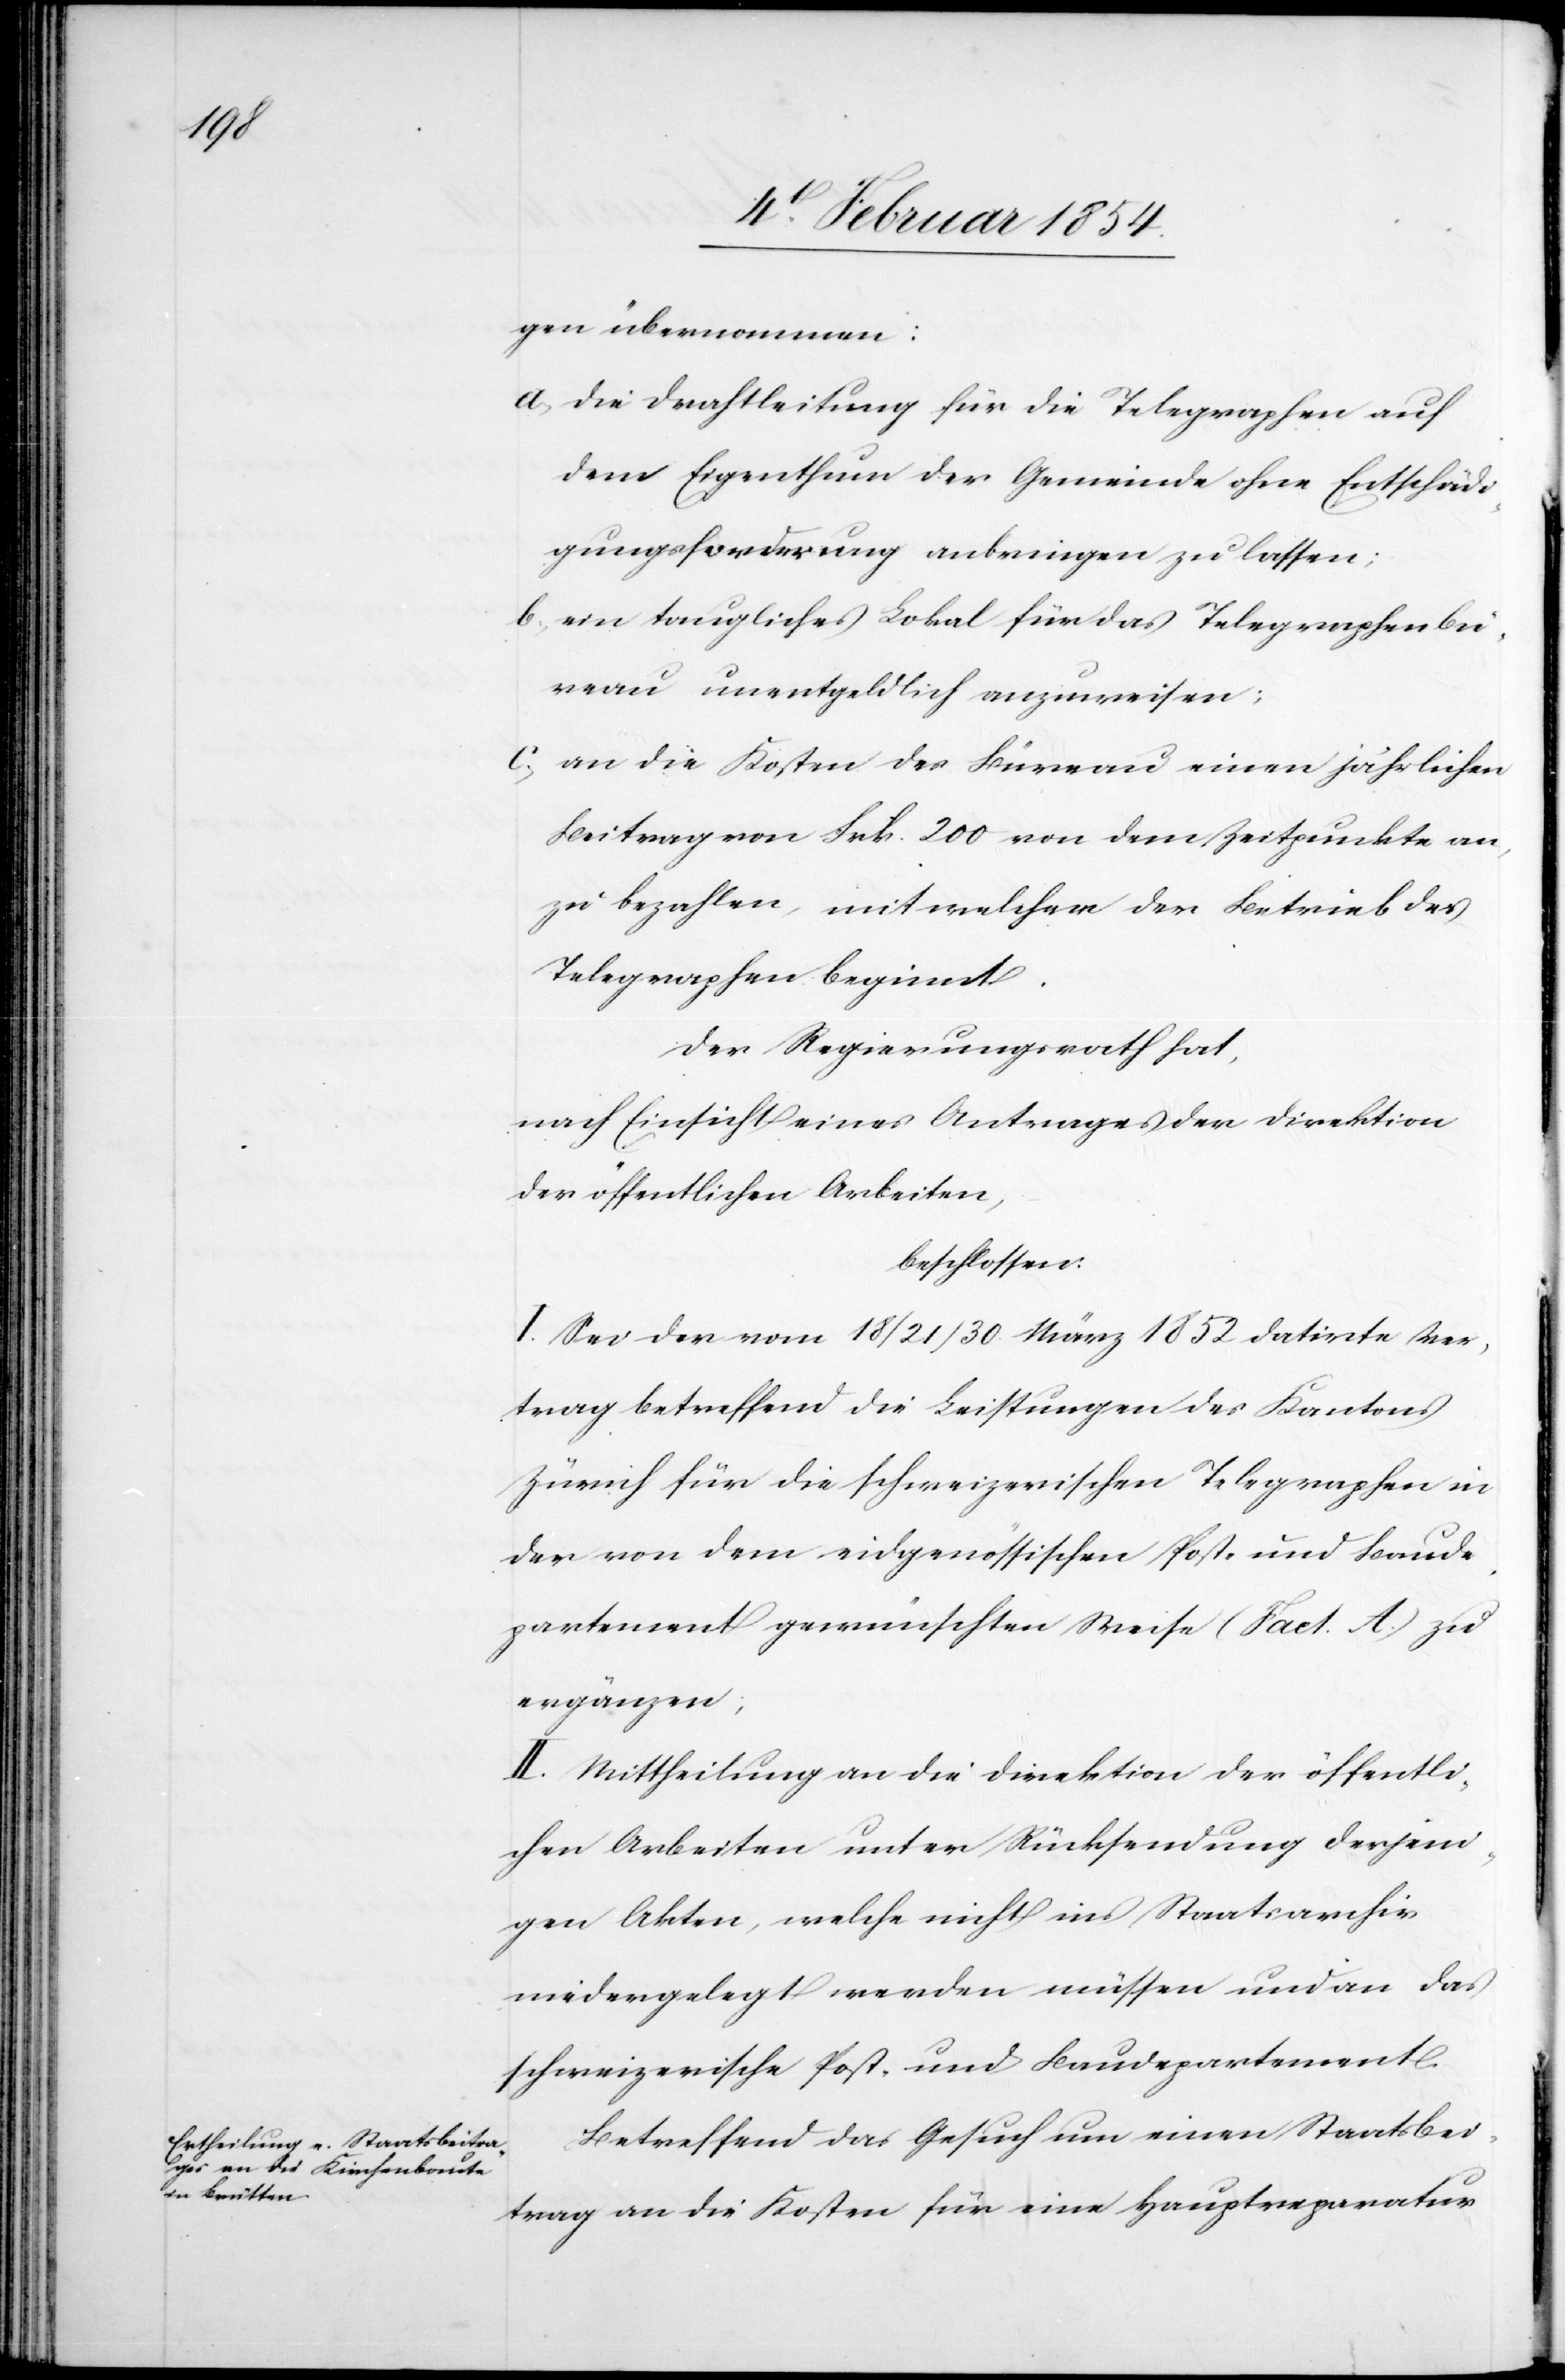
gen übernommen:
a. die Drahtleitung für die Telegraphen auf
dem Eigenthum der Gemeinde ohne Entschädi¬
gungsforderung anbringen zu lassen;
b. ein taugliches Lokal für das Telegraphenbü¬
reau unentgeldlich anzuweisen;
c. an die Kosten des Büreau einen jährlichen
Beitrag von Frk. 200 von dem Zeitpunkte an,
zu bezahlen, mit welcher [sic!] der Betrieb des
Telegraphen beginnt.
Der Regierungsrath hat,
nach Einsicht eines Antrages der Direktion
der öffentlichen Arbeiten,
beschlossen:
I. Sei der vom 18/21/30. März 1852 datirte Ver¬
trag betreffend die Leistungen des Kantons
Zürich für die schweizerischen Telegraphen in
der von dem eidgenössischen Post- und Baude¬
partement gewünschten Weise (Fact. A.) zu
ergänzen;
II. Mittheilung an die Direktion der öffentli¬
chen Arbeiten unter Rücksendung derjeni¬
gen Akten, welche nicht ins Staatsarchiv
niedergelegt werden müsse und an das
schweizerische Post- und Baudepartement.
Betreffend das Gesuch um einen Staatsbei¬
trag an die Kosten für eine Hauptreparatur